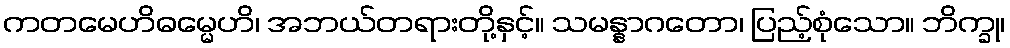
ကတမေဟိဓမ္မေဟိ၊ အဘယ်တရားတို့နှင့်။ သမန္နာဂတော၊ ပြည့်စုံသော။ ဘိက္ခု၊